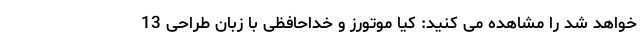
خواهد شد را مشاهده می کنید: کیا موتورز و خداحافظی با زبان طراحی 13